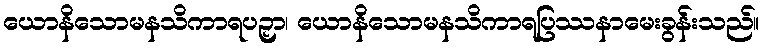
ယောနိသောမနသိကာရပဉှာ၊ ယောနိသောမနသိကာရပြဿနာမေးခွန်းသည်။